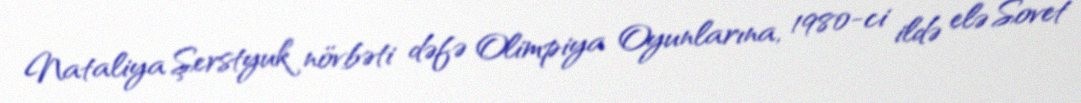
Nataliya Şerstyuk növbəti dəfə Olimpiya Oyunlarına, 1980-ci ildə elə Sovet